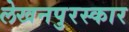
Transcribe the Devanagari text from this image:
लेखनपुरस्कार